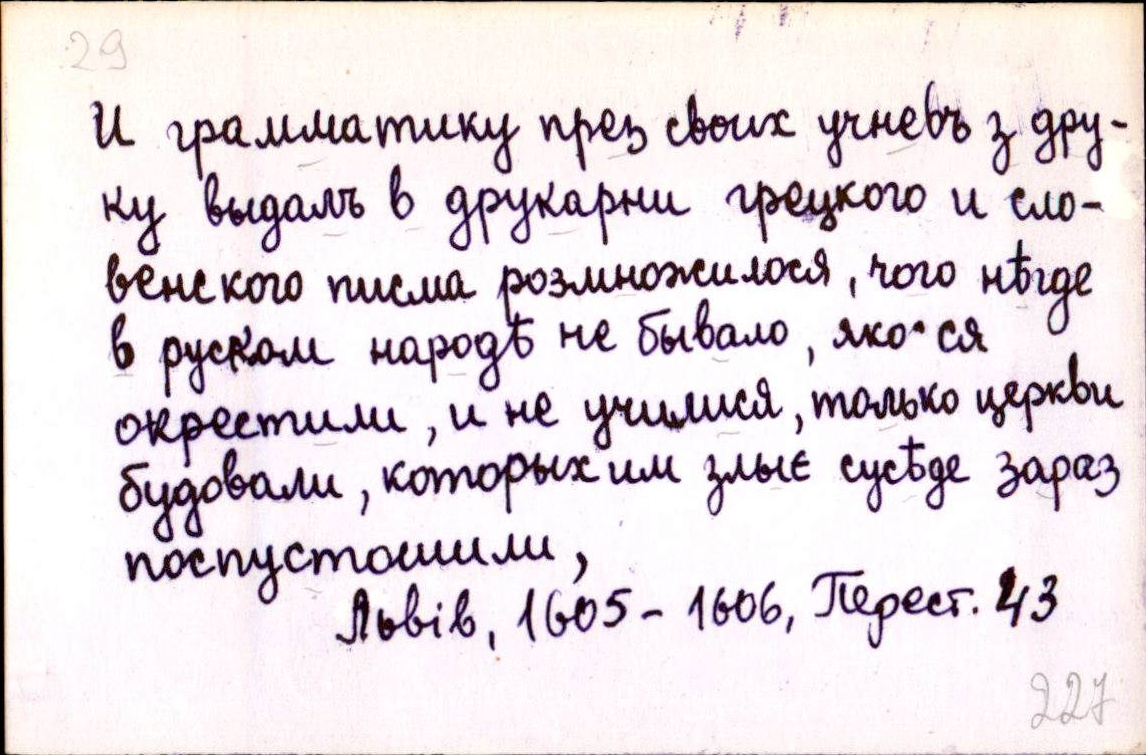
И грамматику през своих учневъ з дру-
ку выдалъ в друкарни грецкого и сло-
венского писма розмножилося, чого нѣгде
в руском народѣ не бывало, яко ся
окрестими, и не училися, только церкви
будовали, которых им злыє сусѣде зараз
поспустошили,
Львів, 1605-1606, Перест. 43